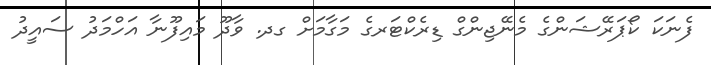
ފެނަކަ ކޯޕަރޭޝަންގެ މެނޭޖިންގް ޑިރެކްޓަރގެ މަގާމަށް ގދ. ވާދޫ މައިފޫނާ އަހްމަދު ސައީދު